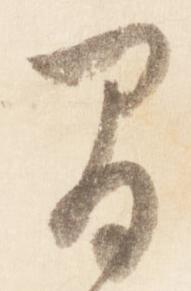
間